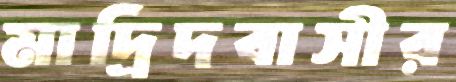
মাদ্রিদবাসীর